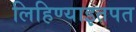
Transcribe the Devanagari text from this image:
लिहिण्याइतपत